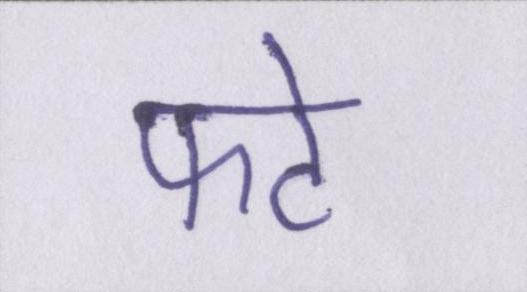
फटे